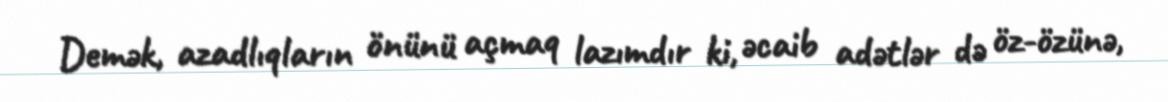
Demək, azadlıqların önünü açmaq lazımdır ki, əcaib adətlər də öz-özünə,